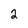
Character: 2